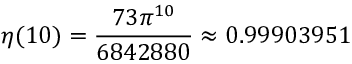
\eta ( 1 0 ) = { \frac { 7 3 \pi ^ { 1 0 } } { 6 8 4 2 8 8 0 } } \approx 0 . 9 9 9 0 3 9 5 1